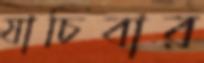
যাচিবার